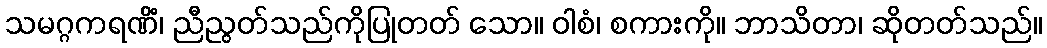
သမဂ္ဂကရဏိံ၊ ညီညွတ်သည်ကိုပြုတတ် သော။ ဝါစံ၊ စကားကို။ ဘာသိတာ၊ ဆိုတတ်သည်။